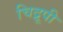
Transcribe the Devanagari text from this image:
चिद्रूपी